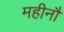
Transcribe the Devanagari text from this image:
महीनौ